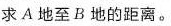
求A地至B地的距离。